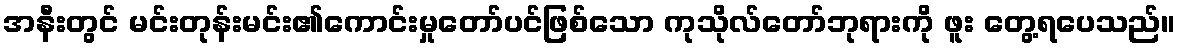
အနီးတွင် မင်းတုန်းမင်း၏ကောင်းမှုတော်ပင်ဖြစ်သော ကုသိုလ်တော်ဘုရားကို ဖူး တွေ့ရပေသည်။